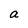
Character: a